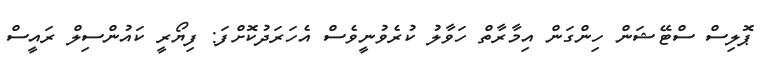
ޕޮލިސް ސްޓޭޝަން ހިންގަން އިމާރާތް ހަވާލު ކުރެވުނީވެސް އެހަރަދުކޮށްފަ: ފިޔޯރީ ކައުންސިލް ރައީސް